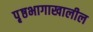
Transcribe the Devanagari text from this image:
पृ़ष्ठभागाखालील